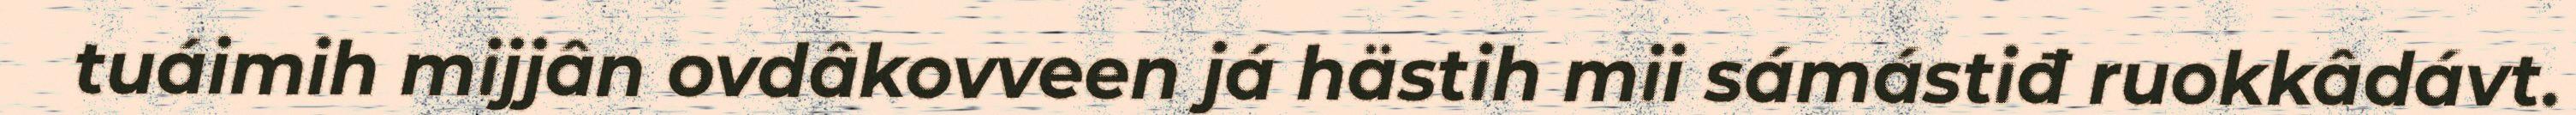
tuáimih mijjân ovdâkovveen já hästih mii sámástiđ ruokkâdávt.